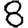
Digit: 8